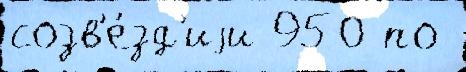
созв'е́зд'иjи 950 по